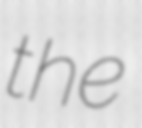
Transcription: the